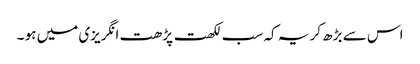
اس سے بڑھ کر یہ کہ سب لکھت پڑھت انگریزی میں ہو ۔